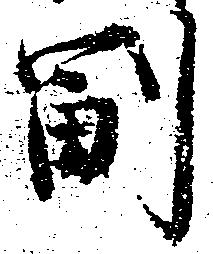
副